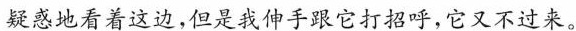
疑惑地看着这边，但是我伸手跟它打招呼，它又不过来。